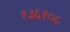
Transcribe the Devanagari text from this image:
१३६१०८